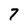
Character: 7